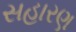
સહારણ